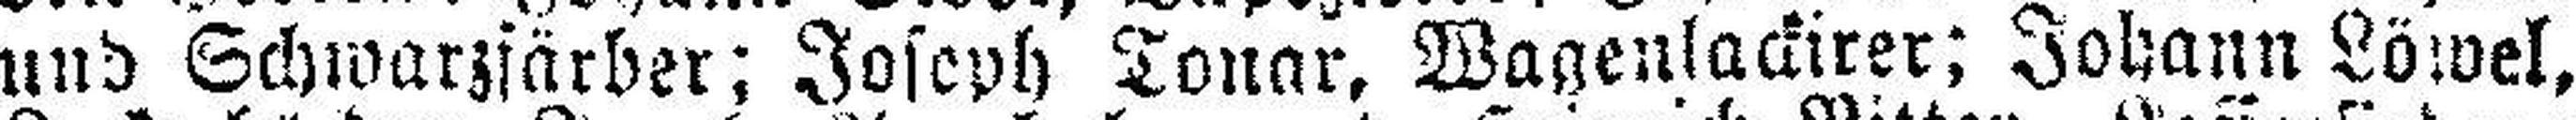
und Schwarzfärber; Joseph Tonar, Wagenlackirer; Johann Löwel,